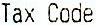
TAX CODE